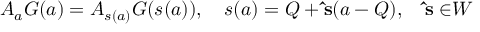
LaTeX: A _ { a } G ( a ) = A _ { s ( a ) } G ( s ( a ) ) , \quad s ( a ) = Q + { \bf \hat { s } } ( a - Q ) , \quad { \bf \hat { s } \in } { \cal W }